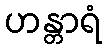
ဟန္တာရံ